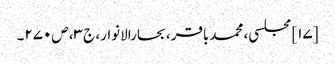
[۱۷] مجلسی، محمدباقر، بحارالانوار، ج‌۳، ص‌۲۷۰۔